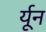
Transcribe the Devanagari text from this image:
र्यून